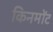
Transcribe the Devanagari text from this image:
किनमोंट